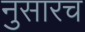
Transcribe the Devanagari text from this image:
नुसारच